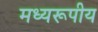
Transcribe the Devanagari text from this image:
मध्यरूपीय